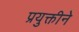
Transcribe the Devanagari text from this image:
प्रयुक्तीने